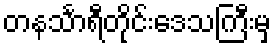
တနင်္သာရီတိုင်းဒေသကြီးမှ